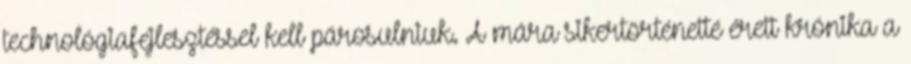
technológiafejlesztéssel kell párosulniuk. A mára sikertörténetté érett krónika a